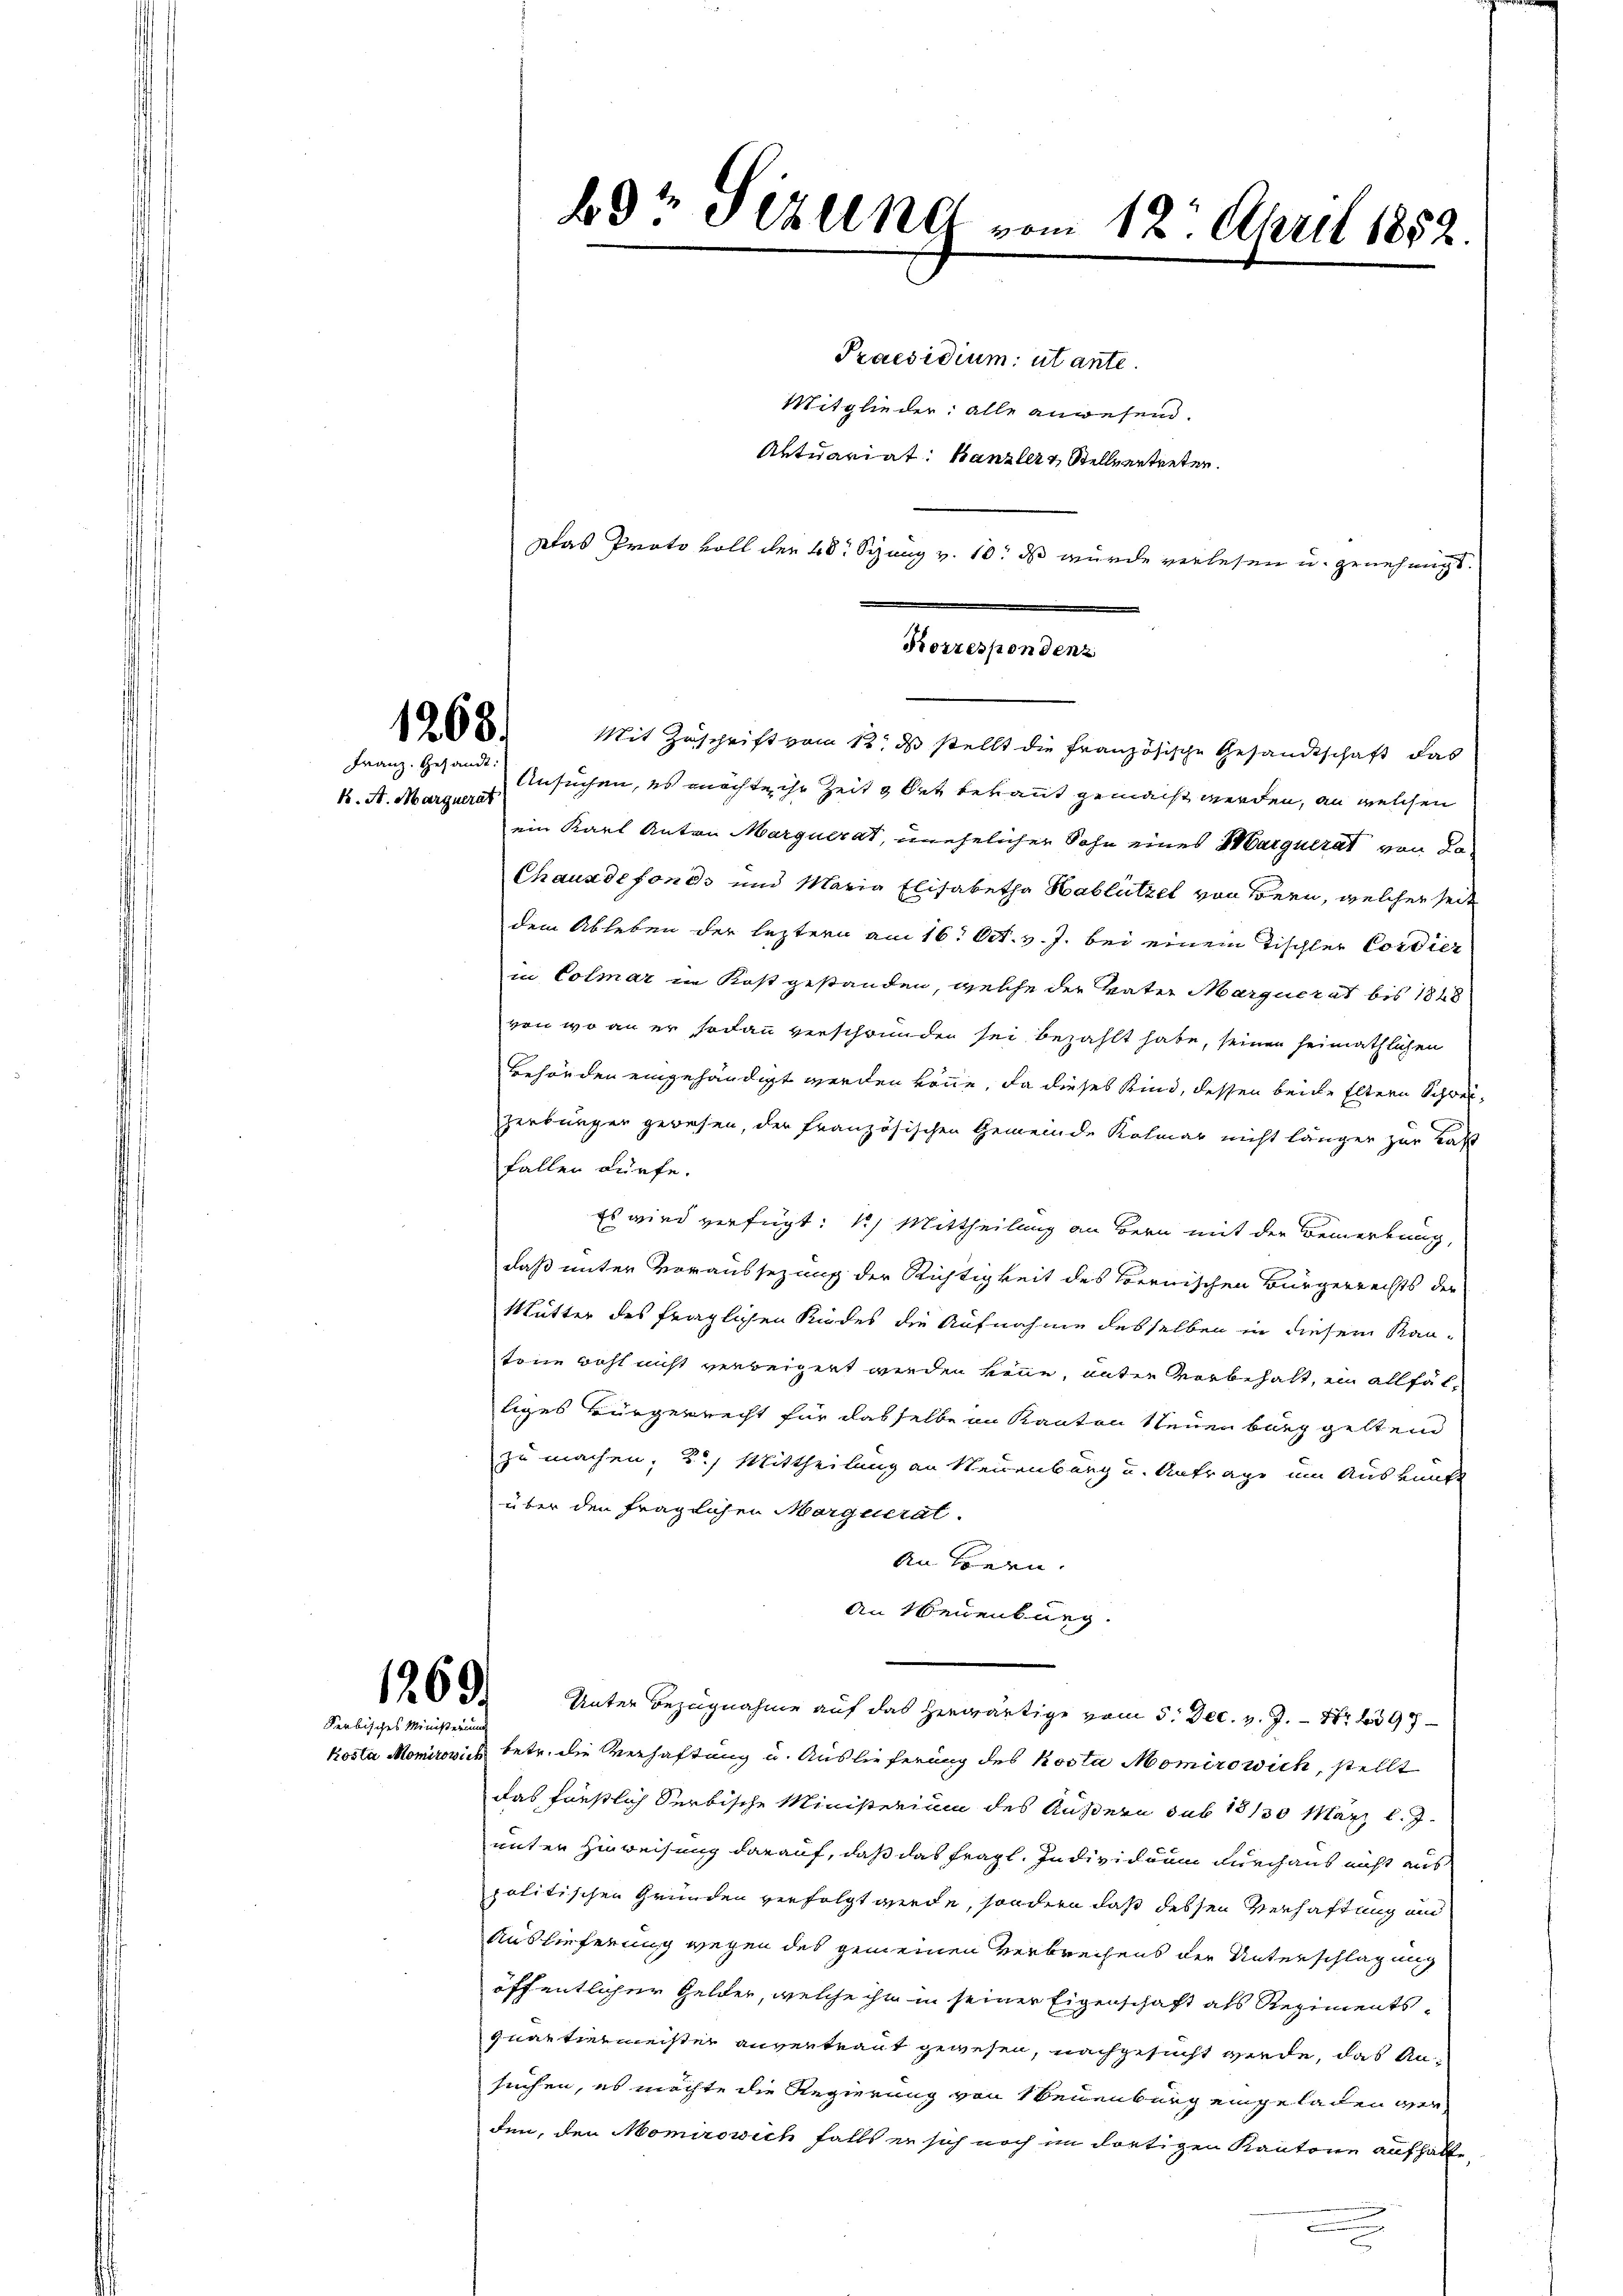
1268.
Franz. Gesandt:

K. A. Marguerat

1269.
Serbisches Ministerium

Praesidium utante.

Ansuchen, es möchte ihr Zeit & Ort bekannt gemacht werden, an welchen
ein Karl Anton Marquerat, unehelicher Sohn eines Marquerat von So¬
Chauxdefonds und Maria Elisabetha Hablützel von Bern, welcher seit
dem Ableben der leztern am 16. Oct. v. J. bei einem Tischler Cordier
in Colmar im Kost gestanden, welche der Vater Marquerat bis 1848
von wo an er sodann verschwunden sei bezahlt habe, seinen heimathlichen
Behörden eingehändigt werden könne, da dieses Kind, dessen beide Eltern Schweizerbürger gewesen, der französischen Gemeinde Kolmar nicht länger zur Last
fallen dürfe.
Es wird verfügt: 1.) Mittheilung an Bern mit der Bemerkung,
daß unter Voraussezung der Richtigkeit des Bernischen Bürgerrechts der
Mutter des fraglichen Riedes die Aufnahme desselben in diesem Kantone wohl nicht verbeigert werden könne, unter vorbehalt, ein allfälliges Bürgerrecht für dasselbe an Kanton Neuenburg geltend
zu machen; 2.) Mittheilung an Neuenburg und Antrage um Auskunft
über den fraglichen Morquerat.
An beren.
An Neuenburg.
Unter Bezugnahme auf das herwärtige vom 5. Dec. v. J. 1797
Kosta Monrovich betr. die Verhaftung u. Auslieferung des Kosta Momiro wich, stellt
das förstlich Serbische Ministerium des Äußern sub 18130 März l. J.
unter Hinweisung darauf, daß das fragl. Individuum durchaus nicht aus
politischen Gründen verfolgt werde, sondern daß dessen Verhaftung und
Auslieferung wegen des gemeinen Verbrechens der Unterschlagung
öffentlicher Gelder, welche ihn in seiner Eigenschaft als Regimentsquartiermeister anvertraut gewesen, nachgesucht werde, das An-
suchen, es möchte die Regierung von Neuenburg eingeladen werden, den Momirowich falls er sich noch im dortigen Kantone aufhalte,

Korrespondenz
Mit Zuschrift vom 13. ds stellt die französische Gesandtschaft das

b8t Jezung vom 12. April 1852.

Mitglieder: alle anwesend.
Aktuariat: Kanzler Stellvertreten.
Das Proto voll den 48 Syung v. 10. ds wurde verlesen u. genehmigt.